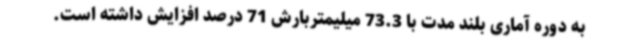
به دوره آماری بلند مدت با 73.3 میلیمتربارش 71 درصد افزایش داشته است.